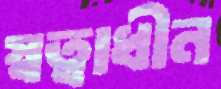
স্বত্বাধীন